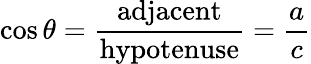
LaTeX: \cos\theta={\frac{\mathrm{adjacent}}{\mathrm{hypotenuse}}}={\frac{a}{c}}